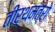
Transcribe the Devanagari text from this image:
तीर्थमंत्रो